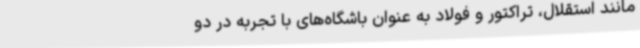
مانند استقلال، تراکتور و فولاد به عنوان باشگاه‌های با تجربه در دو